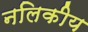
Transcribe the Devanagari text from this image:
नलिकीय